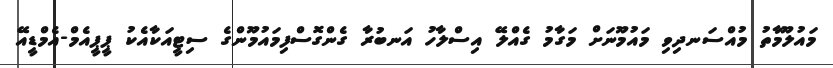
މައުލޫމާތު މުއްސަނދިވި މައުމޫނަށް މަގާމު ގެއްލޭ އިސްލާހު އަނބުރާ ގެންގޮސްފިމައުމޫންގެ ސިޓީއަކާއެކު ޕީޕީއެމް-އެމްޑީއޭ